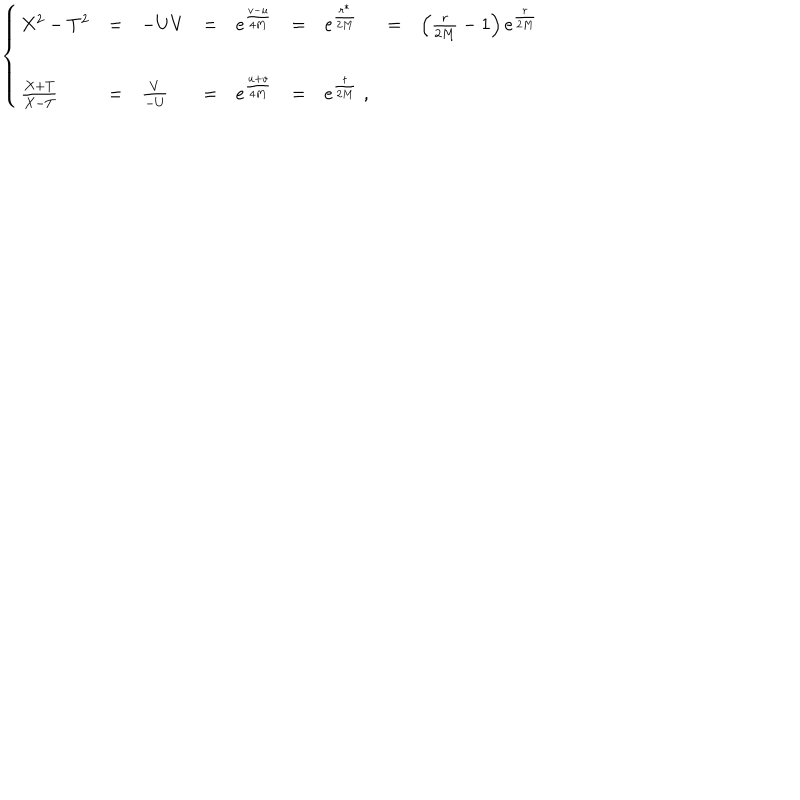
\left\{ \begin{array} { l l l l l l l l l } { { X ^ { 2 } - T ^ { 2 } } } & { { = } } & { { - U V } } & { { = } } & { { e ^ { { \frac { v - u } { 4 M } } } } } & { { = } } & { { e ^ { { \frac { r ^ { * } } { 2 M } } } } } & { { = } } & { { \left( { \frac { r } { 2 M } } - 1 \right) e ^ { { \frac { r } { 2 M } } } \nonumber } } \\ { { \frac { X + T } { X - T } } } & { { = } } & { { \frac { V } { - U } } } & { { = } } & { { e ^ { { \frac { u + v } { 4 M } } } } } & { { = } } & { { e ^ { { \frac { t } { 2 M } } } \; , } } & { { } } & { { } } \\ \end{array} \right.